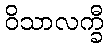
ဝိသာလက္ခီ